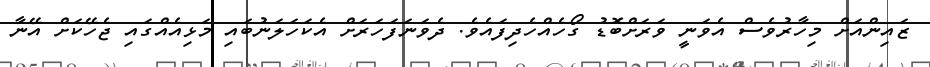
ޒައިންއަށް މިހާރުވެސް އެވަނީ ވަރަށްބޮޑު ގޯހެއްހެދިފައެވެ. ދެވަނަފަހަރަށް އެކަހަލަނުބައި މަޅިއެއްގައި ޖެހޭކަށް އޭނާ